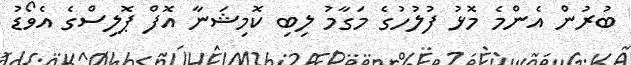
ބުރުން އެންމެ މޮޅު ފުލުހުގެ މަގާމު ލިބި ކޮމިޝަނާ އޮފް ޕޮލިސްގެ އެވޯޑު